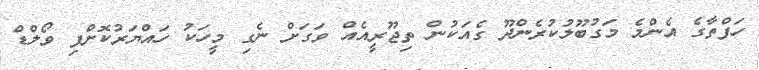
ހަފްތާގެ އެންމެ މަގުބޫލުކުރެންދޫ ގެއަކުން ތިޖޫރީއެއް ވަގަށް ނެގި މީހަކު ހައްޔަރުކޮށްފި ވޯލްޑް